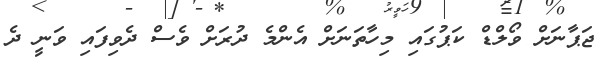
ޖަޕާނަށް ވޯލްޑް ކަޕުގައި މިހާތަނަށް އެންމެ ދުރަށް ވެސް ދެވިފައި ވަނީ ދެ